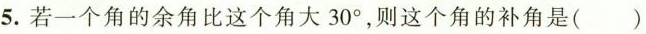
5.若一个角的余角比这个角大30°，则这个角的补角是( )